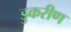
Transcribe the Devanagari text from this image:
डुकरीण